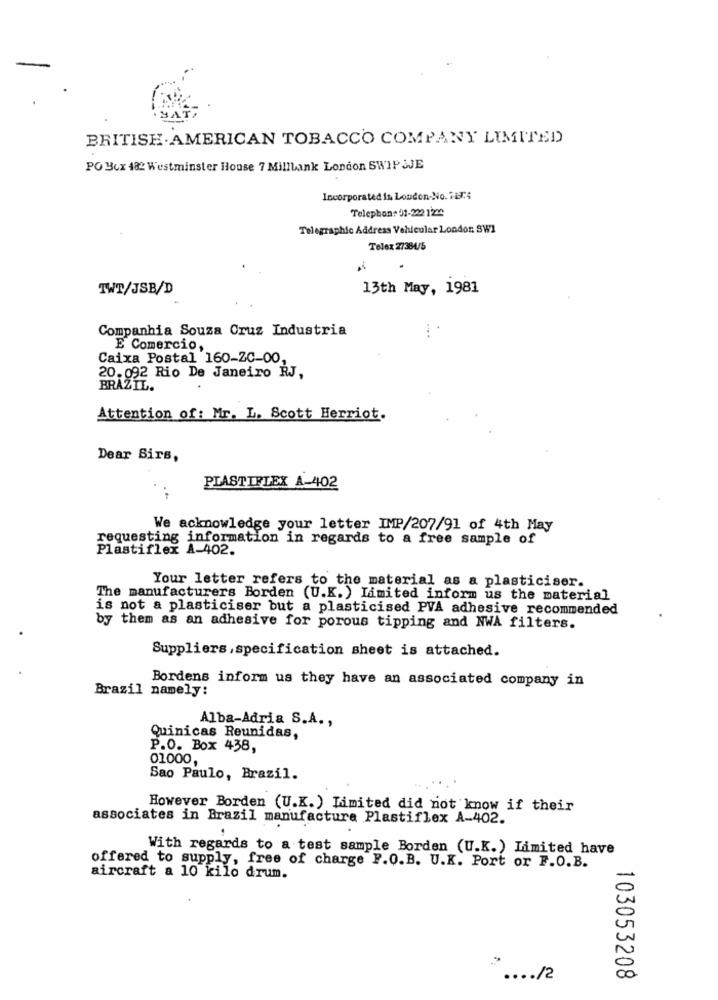
BRITISH AMERICAN TOBACCO COMPANY LIMITED
PO Box 482 Westminster House 7 Milllank London SWIP ¿JE
Incorporated in London-No. 7874
Telephon: 01-222 1229
Telegraphic Address Vehicular London SW1
Telex 27384/5
TWT/JSB/D
13th May, 1981
Companhia Souza Cruz Industria
E Comercio,
Caixa Postal 160-2C-00,
20.092 Rio De Janeiro RJ,
BRAZIL.
Attention of: Mr. L. Scott Herriot.
Dear Sirs,
PLASTIFLEX A-402
We acknowledge your letter IMP/207/91 of 4th May
requesting information in regards to a free sample of
Plastiflex A-402.
Your letter refers to the material as a plasticiser.
The manufacturers Borden (U.K. ) Limited inform us the material
is not a plasticiser but a plasticised PVA adhesive recommended
by them as an adhesive for porous tipping and NWA filters.
Suppliers, specification sheet is attached.
Bordens inform us they have an associated company in
Brazil namely:
Alba-Adria S.A. ,
Quinicas Reunidas,
P.O. Box 438,
01000,
Sao Paulo, Brazil.
However Borden (U.K. ) Limited did not know if their
associates in Brazil manufacture Plastiflex A-402.
With regards to a test sample Borden (U.K.) Limited have
offered to supply, free of charge F.Q.B. U.K. Port or F.O.B.
aircraft a 10 kilo drum.
-
.... /2
00
103053208